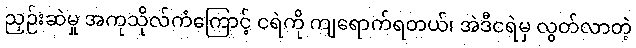
ညှဉ်းဆဲမှု အကုသိုလ်ကံကြောင့် ငရဲကို ကျရောက်ရတယ်၊ အဲဒီငရဲမှ လွတ်လာတဲ့